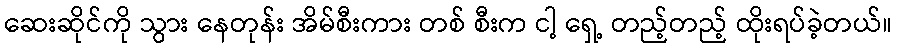
ဆေးဆိုင်ကို သွား နေတုန်း အိမ်စီးကား တစ် စီးက ငါ့ ရှေ့ တည့်တည့် ထိုးရပ်ခဲ့တယ်။